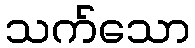
သက်သော